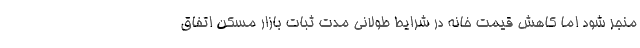
منجر شود اما کاهش قیمت خانه در شرایط طولانی مدت ثبات بازار مسکن اتفاق